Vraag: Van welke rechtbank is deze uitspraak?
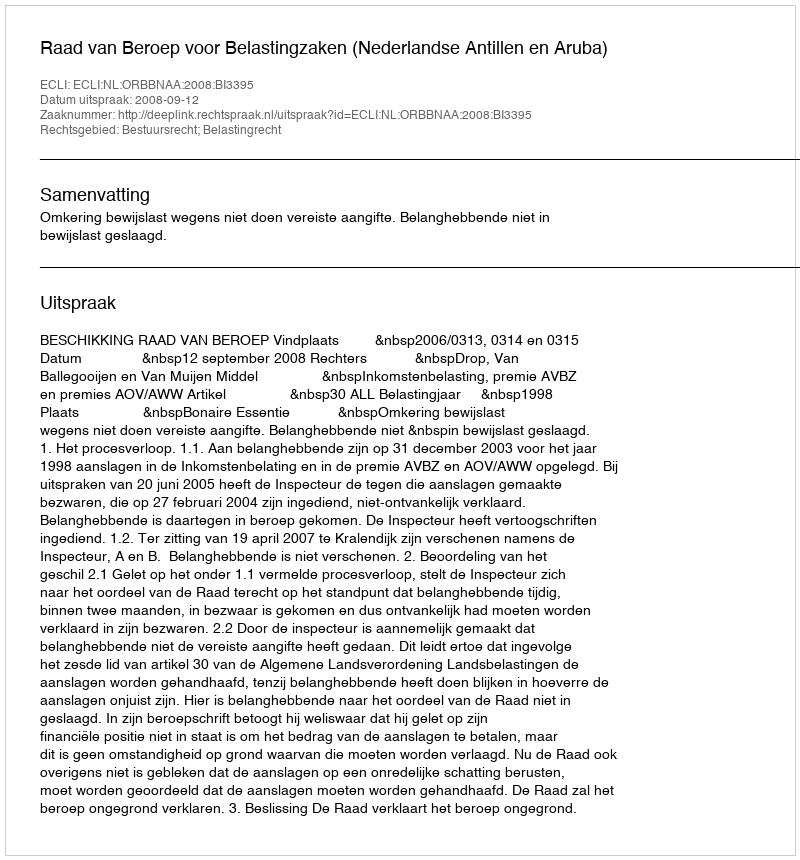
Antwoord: Raad van Beroep voor Belastingzaken (Nederlandse Antillen en Aruba)